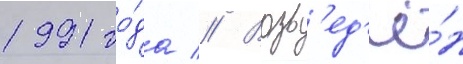
1991 го́да // Возв'ед'ё́н